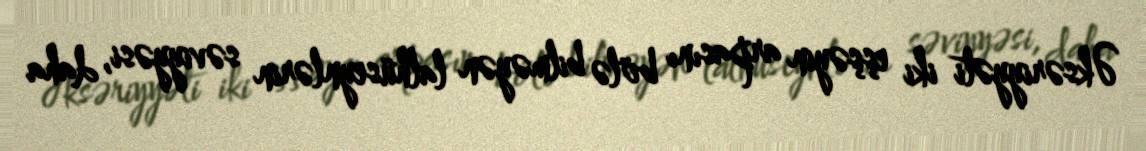
Əksəriyyəti iki eşşəyin arpasını bölə bilməyən lalhüseynlərin səviyyəsi, daha